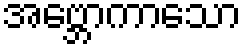
အဗ္ဘောကာသော